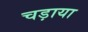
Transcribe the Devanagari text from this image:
चड़ाया